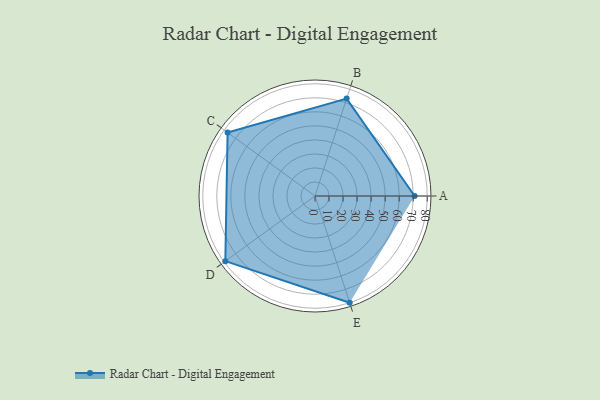
{"axis": {"x": "Skill", "y": "Score"}, "legend": ["Profile"], "data": [{"x": "A", "y": 71.0, "type": "Profile"}, {"x": "B", "y": 73.0, "type": "Profile"}, {"x": "C", "y": 77.0, "type": "Profile"}, {"x": "D", "y": 79.0, "type": "Profile"}, {"x": "E", "y": 80.0, "type": "Profile"}]}